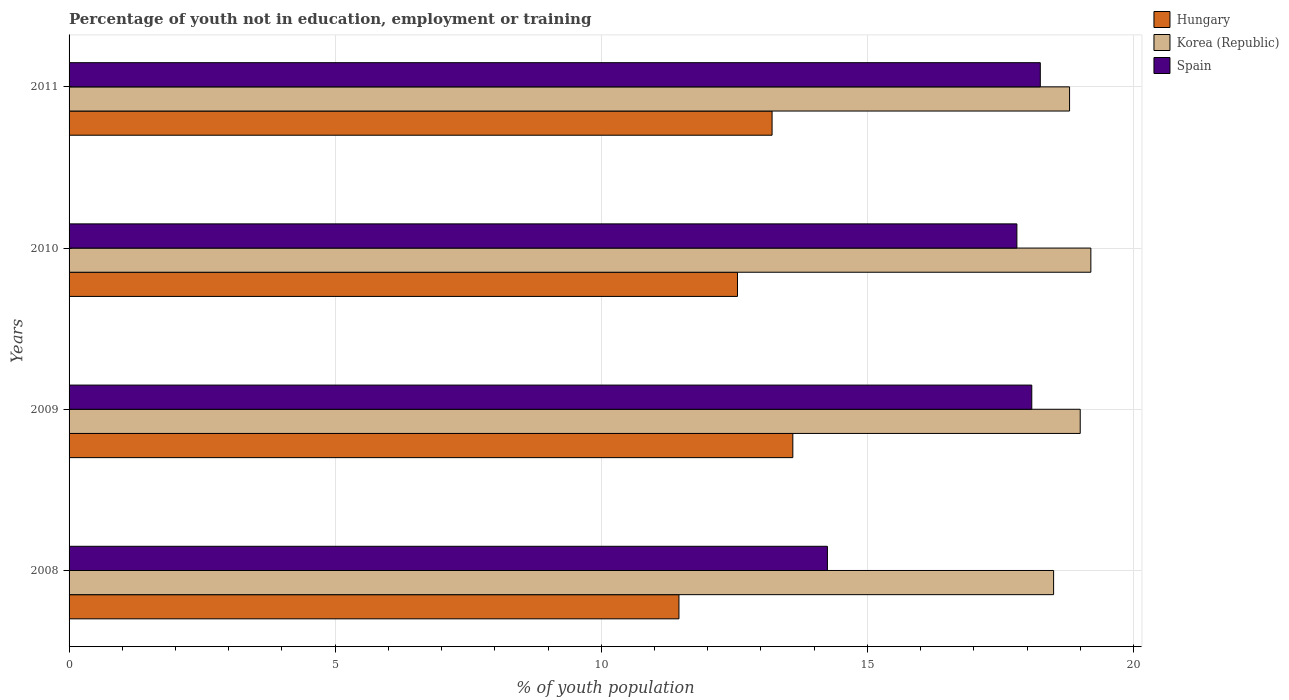
| Years | Hungary | Korea (Republic) | Spain |
 | --- | --- | --- | --- |
 | 2008 | 11.5 | 18.5 | 14.2 |
 | 2009 | 13.6 | 19 | 18.1 |
 | 2010 | 12.6 | 19.2 | 17.8 |
 | 2011 | 13.2 | 18.8 | 18.2 |